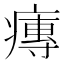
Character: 𤹵